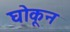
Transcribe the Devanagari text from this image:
घोकून